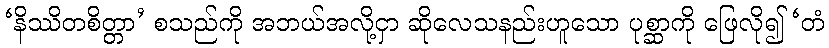
‘နိဿိတစိတ္တာ’ စသည်ကို အဘယ်အလို့ငှာ ဆိုလေသနည်းဟူသော ပုစ္ဆာကို ဖြေလို၍ ‘တံ